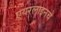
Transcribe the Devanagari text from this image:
एयरलाइनचे